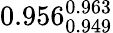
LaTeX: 0.956_{0.949}^{0.963}